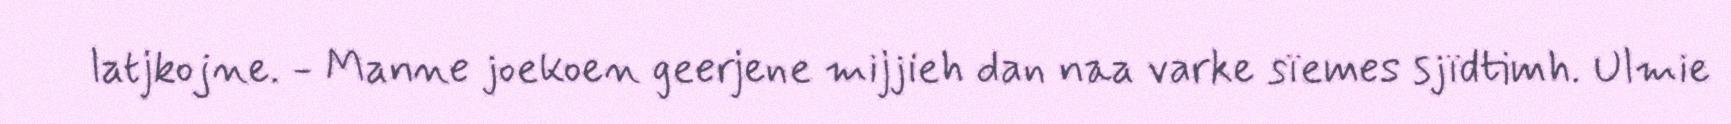
latjkojne. - Manne joekoen geerjene mijjieh dan naa varke sïemes sjïdtimh. Ulmie